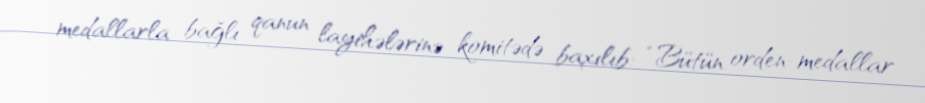
medallarla bağlı qanun layihələrinə komitədə baxılıb: “Bütün orden-medallar